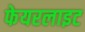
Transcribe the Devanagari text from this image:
फेयरलाइट